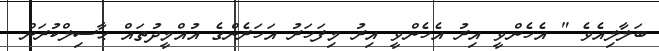
ބަލާލިއެވެ " އެހެންވީ އިރު އެހެންވީ އިރު މިފަހަރު އަހަރެންގެ އުއްމީދުތައް ޙާސިލްކުރަން.